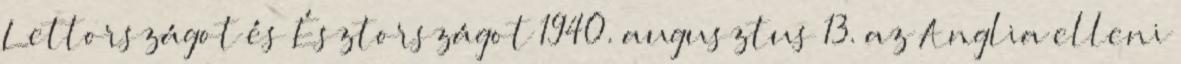
Lettországot és Észtországot 1940. augusztus 13. az Anglia elleni